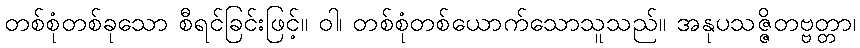
တစ်စုံတစ်ခုသော စီရင်ခြင်းဖြင့်။ ဝါ၊ တစ်စုံတစ်ယောက်သောသူသည်။ အနုပသဇ္ဇိတဗ္ဗတ္တာ၊